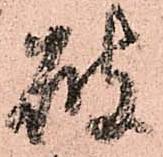
破